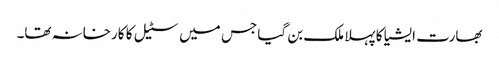
بھارت ایشیا کا پہلا ملک بن گیا جس میں سٹیل کا کارخانہ تھا۔